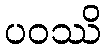
ပဝဿိ